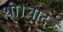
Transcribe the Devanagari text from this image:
थी।बाद